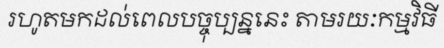
រហូតមកដល់ពេលបច្ចុប្បន្ននេះ តាមរយៈកម្មវិធី